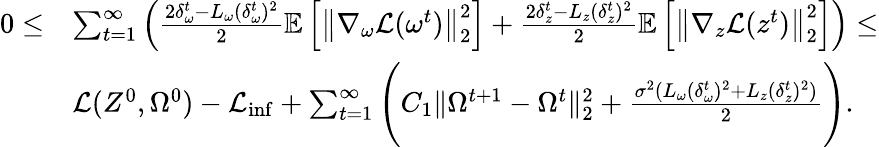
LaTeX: \begin{array}{rl}{0\leq}&{\sum_{t=1}^{\infty}\left(\frac{2\delta_{\omega}^{t}-L_{\omega}(\delta_{\omega}^{t})^{2}}{2}\mathbb{E}\left[\left\| \nabla_{\omega}\mathcal{L}(\omega^{t})\right\| _{2}^{2}\right]+\frac{2\delta_{z}^{t}-L_{z}(\delta_{z}^{t})^{2}}{2}\mathbb{E}\left[\left\| \nabla_{z}\mathcal{L}(z^{t})\right\| _{2}^{2}\right]\right)\leq}\\ &{\mathcal{L}(Z^{0},\Omega^{0})-\mathcal{L}_{\operatorname*{inf}}+\sum_{t=1}^{\infty}\Bigg(C_{1}\| \Omega^{t+1}-\Omega^{t}\| _{2}^{2}+\frac{\sigma^{2}(L_{\omega}(\delta_{\omega}^{t})^{2}+L_{z}(\delta_{z}^{t})^{2})}{2}\Bigg).}\end{array}